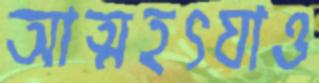
আত্মহৎযাও